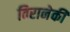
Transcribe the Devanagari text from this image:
विरानेकी